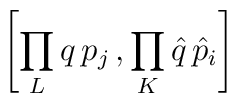
\left [ \prod _{L} q \, p_{j} \, , \prod_{K} \hat{q} \, \hat{p}_{i} \right ]